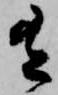
有